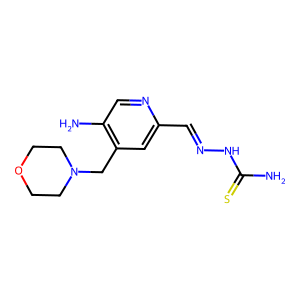
SMILES: NC(=S)NN=Cc1cc(CN2CCOCC2)c(N)cn1
Inhibits HIV replication: No